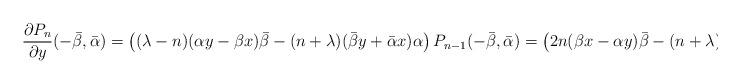
LaTeX: \begin{align*}\frac{\partial P_n}{\partial y}(-\bar\beta,\bar\alpha)=\left((\lambda-n)(\alpha y-\beta x)\bar\beta-(n+\lambda)(\bar\beta y+\bar \alpha x)\alpha\right)P_{n-1}(-\bar\beta,\bar\alpha)=\left(2n(\beta x-\alpha y)\bar\beta-(n+\lambda)x\right)P_{n-1}(-\bar\beta,\bar\alpha).\end{align*}